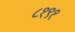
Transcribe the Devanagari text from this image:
८१९१